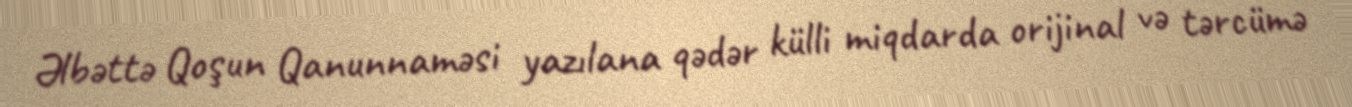
Əlbəttə Qoşun Qanunnaməsi yazılana qədər külli miqdarda orijinal və tərcümə